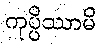
ကုပ္ပိဿာမိ